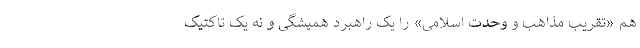
هم «تقریب مذاهب و وحدت اسلامی» را یک راهبرد همیشگی و نه یک تاکتیک